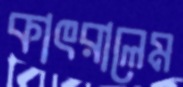
কাৎরালেম